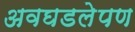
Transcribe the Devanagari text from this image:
अवघडलेपण